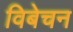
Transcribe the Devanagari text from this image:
विबेचन